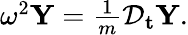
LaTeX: \begin{array}{r}{\omega^{2}\mathbf{Y}=\frac{1}{m}\mathcal{D}_{\mathbf{t}}\mathbf{Y}.}\end{array}